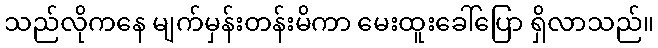
သည်လိုကနေ မျက်မှန်းတန်းမိကာ မေးထူးခေါ်ပြော ရှိလာသည်။